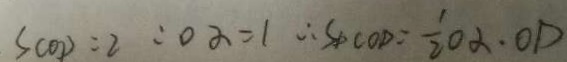
S _ { C O D } = 2 : o \alpha = 1 \therefore S _ { \Delta } C O D = \frac { 1 } { 2 } O \alpha \cdot O D